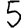
Digit: 5